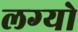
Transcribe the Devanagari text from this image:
लग्‍यो